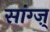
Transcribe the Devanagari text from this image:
सांग्ज़्‌